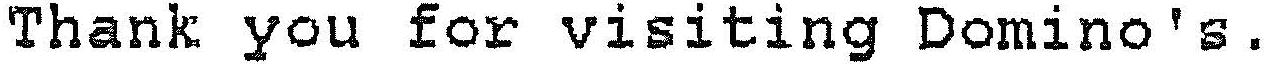
THANK YOU FOR VISITING DOMINO'S.